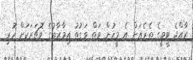
ރާއްޖެ ޓީވީގެ ތެރެއަށް އެ މީހުން ވަތް ވަގުތު އިމާރާތުގެ ވޮޗަރަކަށް ހުރި